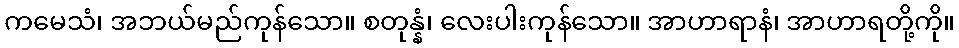
ကမေသံ၊ အဘယ်မည်ကုန်သော။ စတုန္နံ၊ လေးပါးကုန်သော။ အာဟာရာနံ၊ အာဟာရတို့ကို။